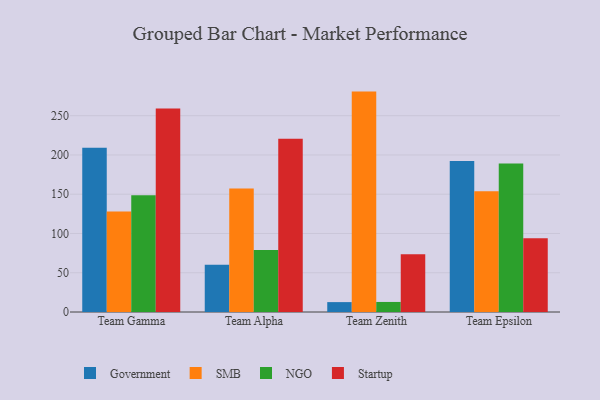
{"axis": {"x": "Team", "y": "Conversion Rate (%)"}, "legend": ["Government", "NGO", "SMB", "Startup"], "data": [{"x": "Team Gamma", "y": 209.3, "type": "Government"}, {"x": "Team Gamma", "y": 128.1, "type": "SMB"}, {"x": "Team Gamma", "y": 148.6, "type": "NGO"}, {"x": "Team Gamma", "y": 259.3, "type": "Startup"}, {"x": "Team Alpha", "y": 60.3, "type": "Government"}, {"x": "Team Alpha", "y": 157.2, "type": "SMB"}, {"x": "Team Alpha", "y": 79.0, "type": "NGO"}, {"x": "Team Alpha", "y": 220.8, "type": "Startup"}, {"x": "Team Zenith", "y": 12.6, "type": "Government"}, {"x": "Team Zenith", "y": 280.7, "type": "SMB"}, {"x": "Team Zenith", "y": 12.8, "type": "NGO"}, {"x": "Team Zenith", "y": 73.7, "type": "Startup"}, {"x": "Team Epsilon", "y": 192.2, "type": "Government"}, {"x": "Team Epsilon", "y": 153.8, "type": "SMB"}, {"x": "Team Epsilon", "y": 189.1, "type": "NGO"}, {"x": "Team Epsilon", "y": 93.8, "type": "Startup"}]}